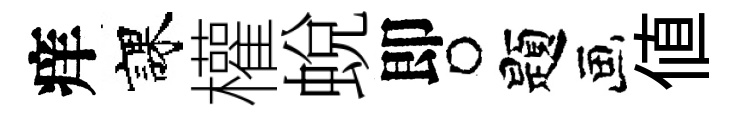
痒課權蛻即题値